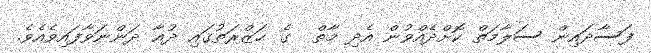
ފަސާދައިން ސަލާމަތް ކޮށްދެއްވުން އެދި މާތް  ގެ ޙަޒްރަތުގައި ދުޢާ ދަންނަވާފައިވެއެވެ.